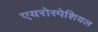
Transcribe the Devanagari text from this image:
एयरोस्पेशियल